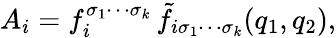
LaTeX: A_{i}=f_{i}^{\sigma_{1}\cdots\sigma_{k}}\, \tilde{f}_{i\sigma_{1}\cdots\sigma_{k}}(q_{1},q_{2}),